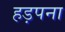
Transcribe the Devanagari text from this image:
हड़पना